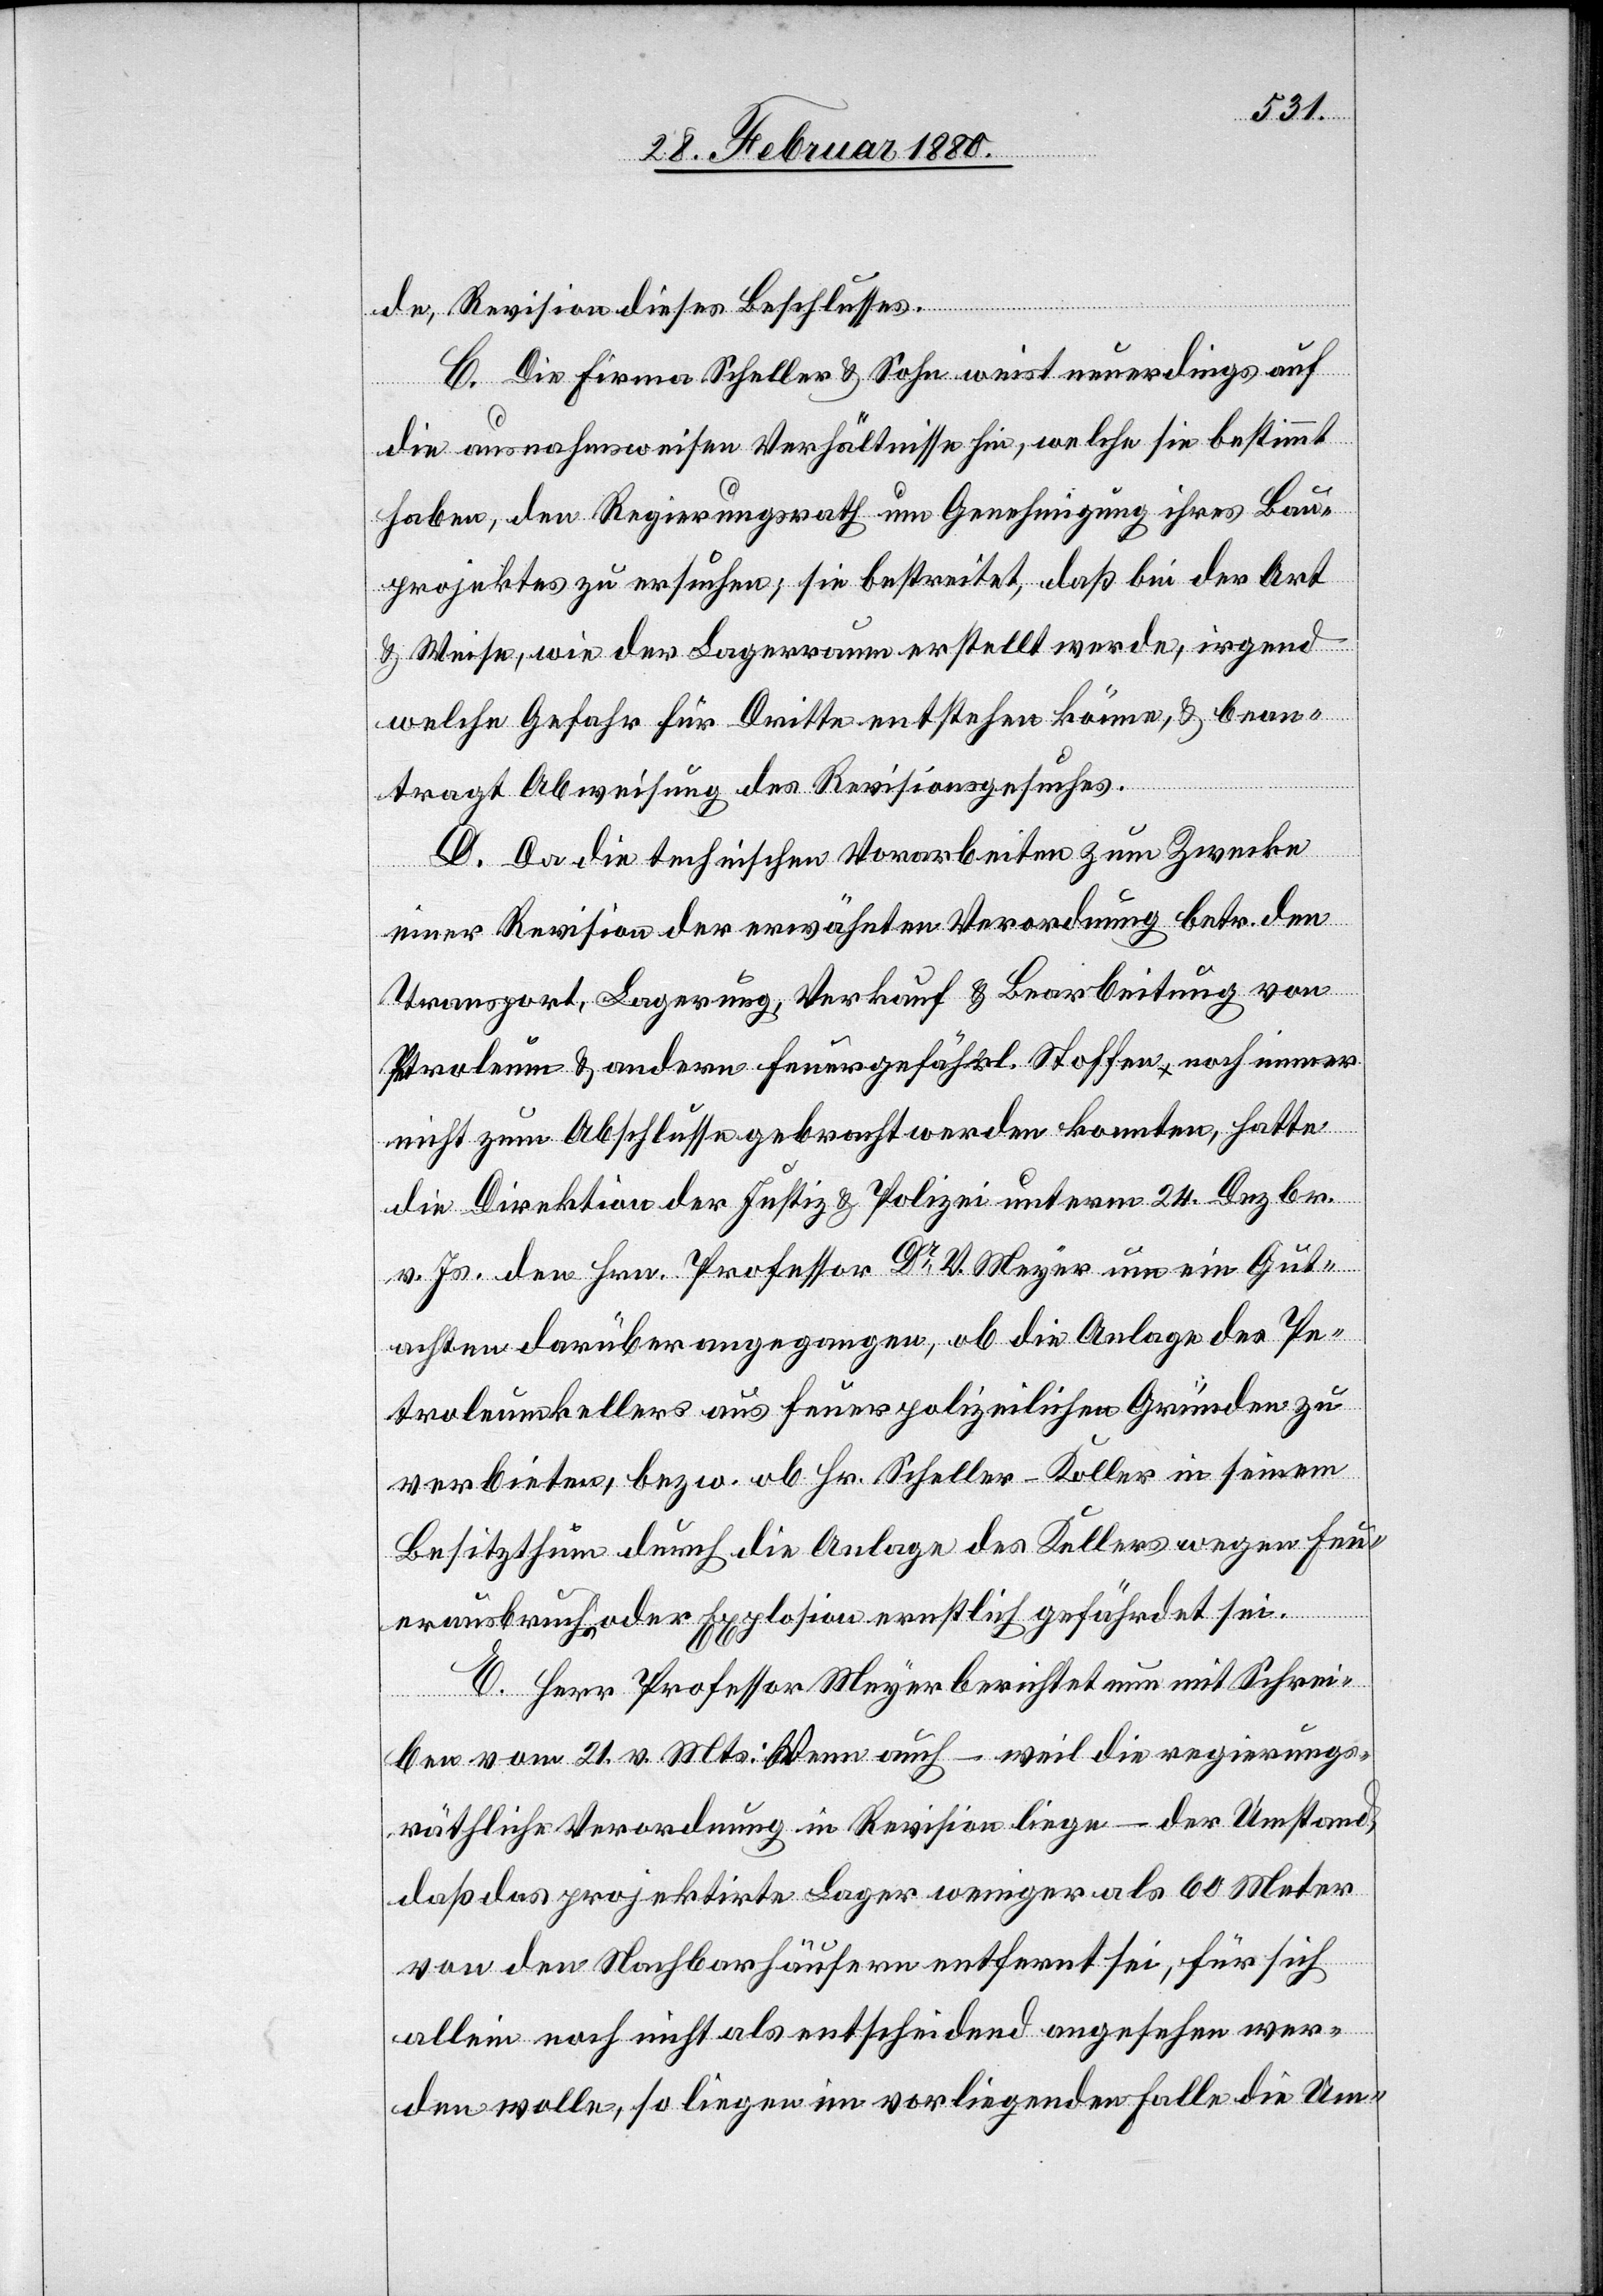
de, Revision dieses Beschlusses.
C. Die Firma Scheller & Sohn weist neuerdings auf
die ausnahmsweisen Verhältnisse hin, welche sie bestimmt
haben, den Regierungsrath um Genehmigung ihres Bau¬
projektes zu ersuchen, sie bestreitet, daß bei der Art
& Weise, wie der Lagerraum erstellt werde, irgend
welche Gefahr für Dritte entstehen könne, & bean¬
tragt Abweisung des Revisionsgesuches.
D. Da die technischen Vorarbeiten zum Zwecke
einer Revision der erwähnten Verordnung betr. den
Transport, Lagerung, Verkauf & Bearbeitung von
Petroleum & andern feuergefährl. Stoffen noch immer
nicht zum Abschlusse gebracht werden konnten, hatte
die Direktion der Justiz & Polizei unterm 24. Dezbr.
v. Js. den Hrn. Professor Dr V. Meyer um ein Gut¬
achten darüber angegangen, ob die Anlage des Pe¬
troleumkellers aus feuerpolizeilichen Gründen zu
verbieten, bezw. ob Hr. Scheller-Koller in seinem
Besitzthum durch die Anlage des Kellers wegen Feu¬
erausbruch oder Explosion ernstlich gefährdet sei.
E. Herr Professor Meyer berichtet nun mit Schrei¬
ben vom 21. v. Mts.: Wenn auch – weil die regierungs¬
räthliche Verordnung in Revision liege – der Umstand,
daß das projektirte Lager weniger als 60 Meter
von den Nachbarhäusern entfernt sei, für sich
allein noch nicht als entscheidend angesehen wer¬
den wolle, so liegen im vorliegenden Falle die Um-